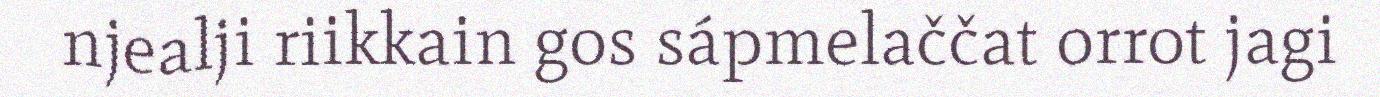
njealji riikkain gos sápmelaččat orrot jagi